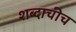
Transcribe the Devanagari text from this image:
शब्दाचीच